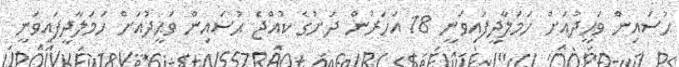
ޙުސައިން ވަޙީދުއަށް ހަމަލާދީފައިވަނީ 18 އަހަރުން ދަށުގެ ކުއްޖެ ޙުސައިން ވަޙީދުއަށް ހަމަލާދީފައިވަނީ